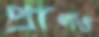
প্রাণও